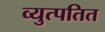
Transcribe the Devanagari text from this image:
व्युत्पतित